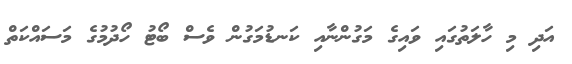
އަދި މި ހާލަތުގައި ވައިގެ މަގުންނާއި ކަނޑުމަގުން ވެސް ބޯޓު ހޯދުމުގެ މަސައްކަތް